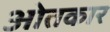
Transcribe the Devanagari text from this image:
ओतकार